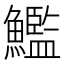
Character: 𩼳